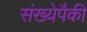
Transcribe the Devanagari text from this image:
संख्येपैकी